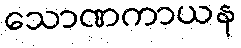
သောဏကာယန